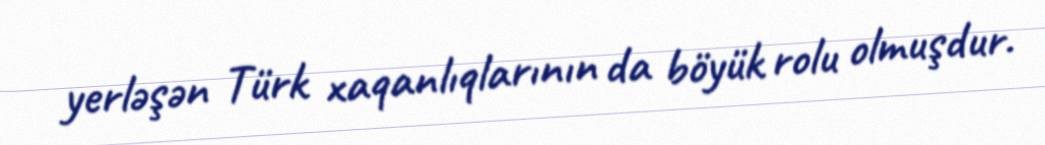
yerləşən Türk xaqanlıqlarının da böyük rolu olmuşdur.